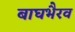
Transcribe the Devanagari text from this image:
बाघभैरव